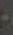
-